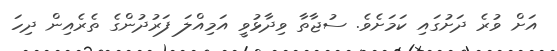
އަށް ވުރެ ދަށުގައި ކަމަށެވެ. ސުޖާތާ ވިދާޅުވީ އަމިއްލަ ފަރުދުންގެ ތެރެއިން ދިހަ